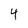
Character: 4